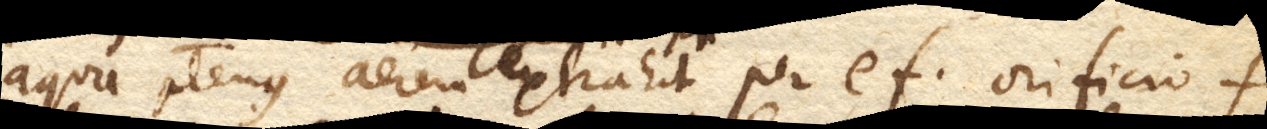
aqua plenus. Aerem extrahit per ef. orificio f.